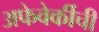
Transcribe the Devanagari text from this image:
अफेवेर्कीची